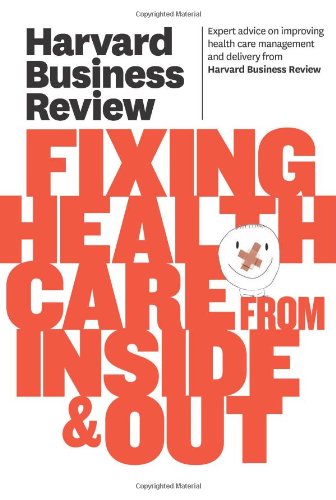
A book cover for Harvard Business Review on Fixing Healthcare from Inside & Out; Harvard Business Review; Medical Books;